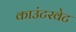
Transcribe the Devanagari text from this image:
काउंटरवेट